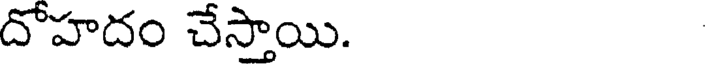
దోహదం చేస్తాయి.